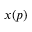
x ( p )